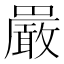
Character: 𫝝